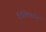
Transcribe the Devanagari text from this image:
वैशेषिकदर्पण